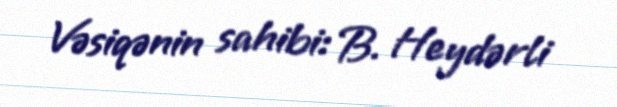
Vəsiqənin sahibi: B. Heydərli